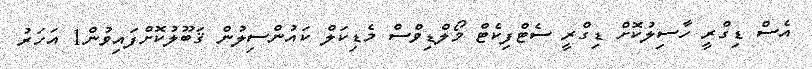
އެސް ޑިގްރީ ހާސިލުކޮށް ޑިގްރީ ސެޓްފިކެޓް މޯލްޑިވްސް މެޑިކަލް ކައުންސިލުން ޤަބޫލުކޮށްފައިވުން1 އަހަރު